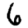
Digit: 6